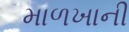
માળખાની